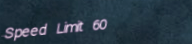
Speed Limit 60